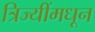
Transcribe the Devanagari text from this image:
त्रिज्यींमधून